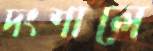
দংশালে